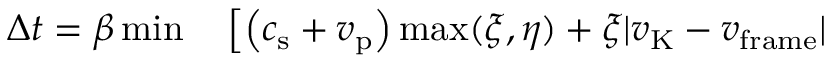
\begin{array} { r l } { \Delta t = \beta \operatorname* { m i n } } & { { } \left[ \left( c _ { \mathrm { s } } + v _ { \mathrm { p } } \right) \operatorname* { m a x } ( \xi , \eta ) + \xi | v _ { \mathrm { K } } - v _ { \mathrm { f r a m e } } | \right. } \end{array}